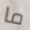
ما